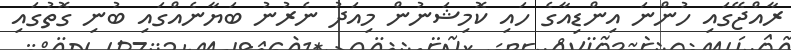
ރާއްޖޭގައި ހުންނަ އިންޑިއާގެ ހައި ކޮމިޝަނުން މިއަދު ނެރުނު ބަޔާނެއްގައި ބުނި ގޮތުގައި